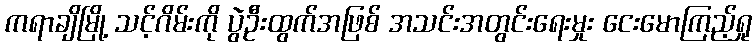
ကရာချိမြို့ သင့်ဂိမ်းကို ပွဲဦးထွက်အဖြစ် အသင်းအတွင်းရေးမှုး ငေးမောကြည့်ရှု